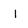
Character: l